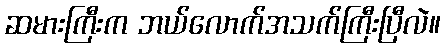
ဆမားကြီးက ဘယ်လောက်အသက်ကြီးပြီလဲ။